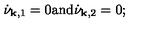
\dot { \nu } _ { { \bf k } , 1 } = 0 \mathrm { a n d } \dot { \nu } _ { { \bf k } , 2 } = 0 ;